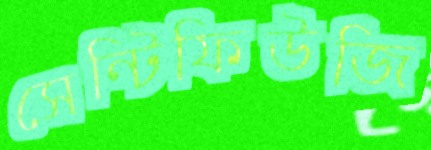
সেন্টিফিউজি